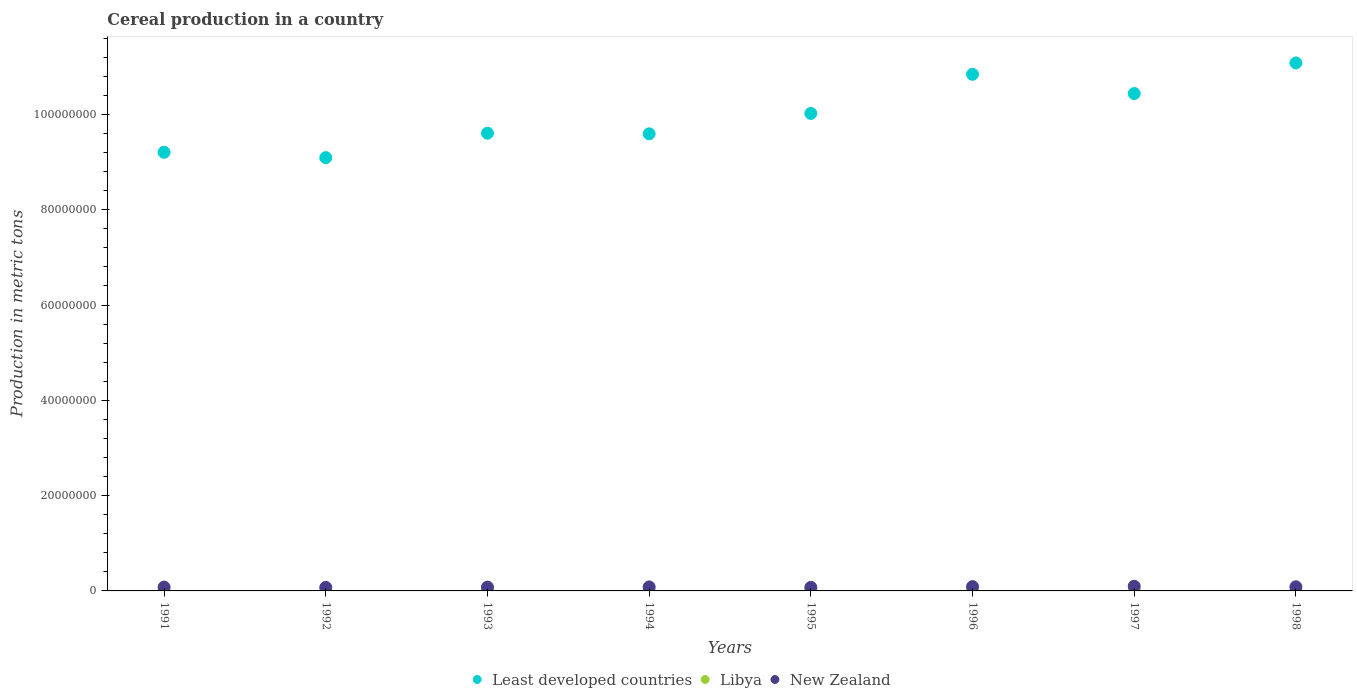
| Years | Least developed countries | Libya | New Zealand |
 | --- | --- | --- | --- |
 | 1991 | 9.21e+07 | 2.58e+05 | 8.09e+05 |
 | 1992 | 9.09e+07 | 2.18e+05 | 7.36e+05 |
 | 1993 | 9.61e+07 | 1.8e+05 | 8.03e+05 |
 | 1994 | 9.59e+07 | 1.65e+05 | 8.43e+05 |
 | 1995 | 1e+08 | 1.46e+05 | 7.52e+05 |
 | 1996 | 1.08e+08 | 1.6e+05 | 9.04e+05 |
 | 1997 | 1.04e+08 | 2.06e+05 | 9.8e+05 |
 | 1998 | 1.11e+08 | 2.13e+05 | 8.68e+05 |